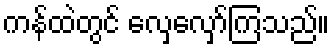
ကန်ထဲတွင် လှေလှော်ကြသည်။